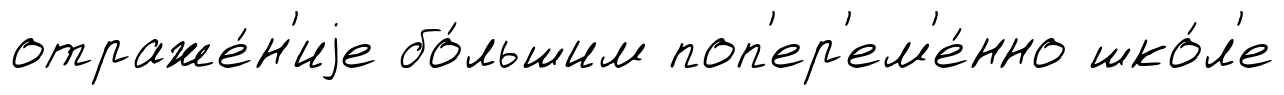
отраже́н'иjе бо́льшим поп'ер'ем'е́нно шко́л'е